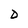
Character: D